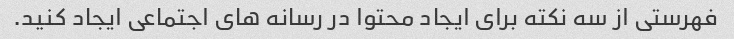
فهرستی از سه نکته برای ایجاد محتوا در رسانه های اجتماعی ایجاد کنید.